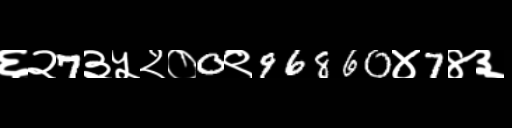
Text: ६२7३५२०0९96860४7४३